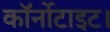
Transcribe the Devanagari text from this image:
कॉर्नोटाइट।